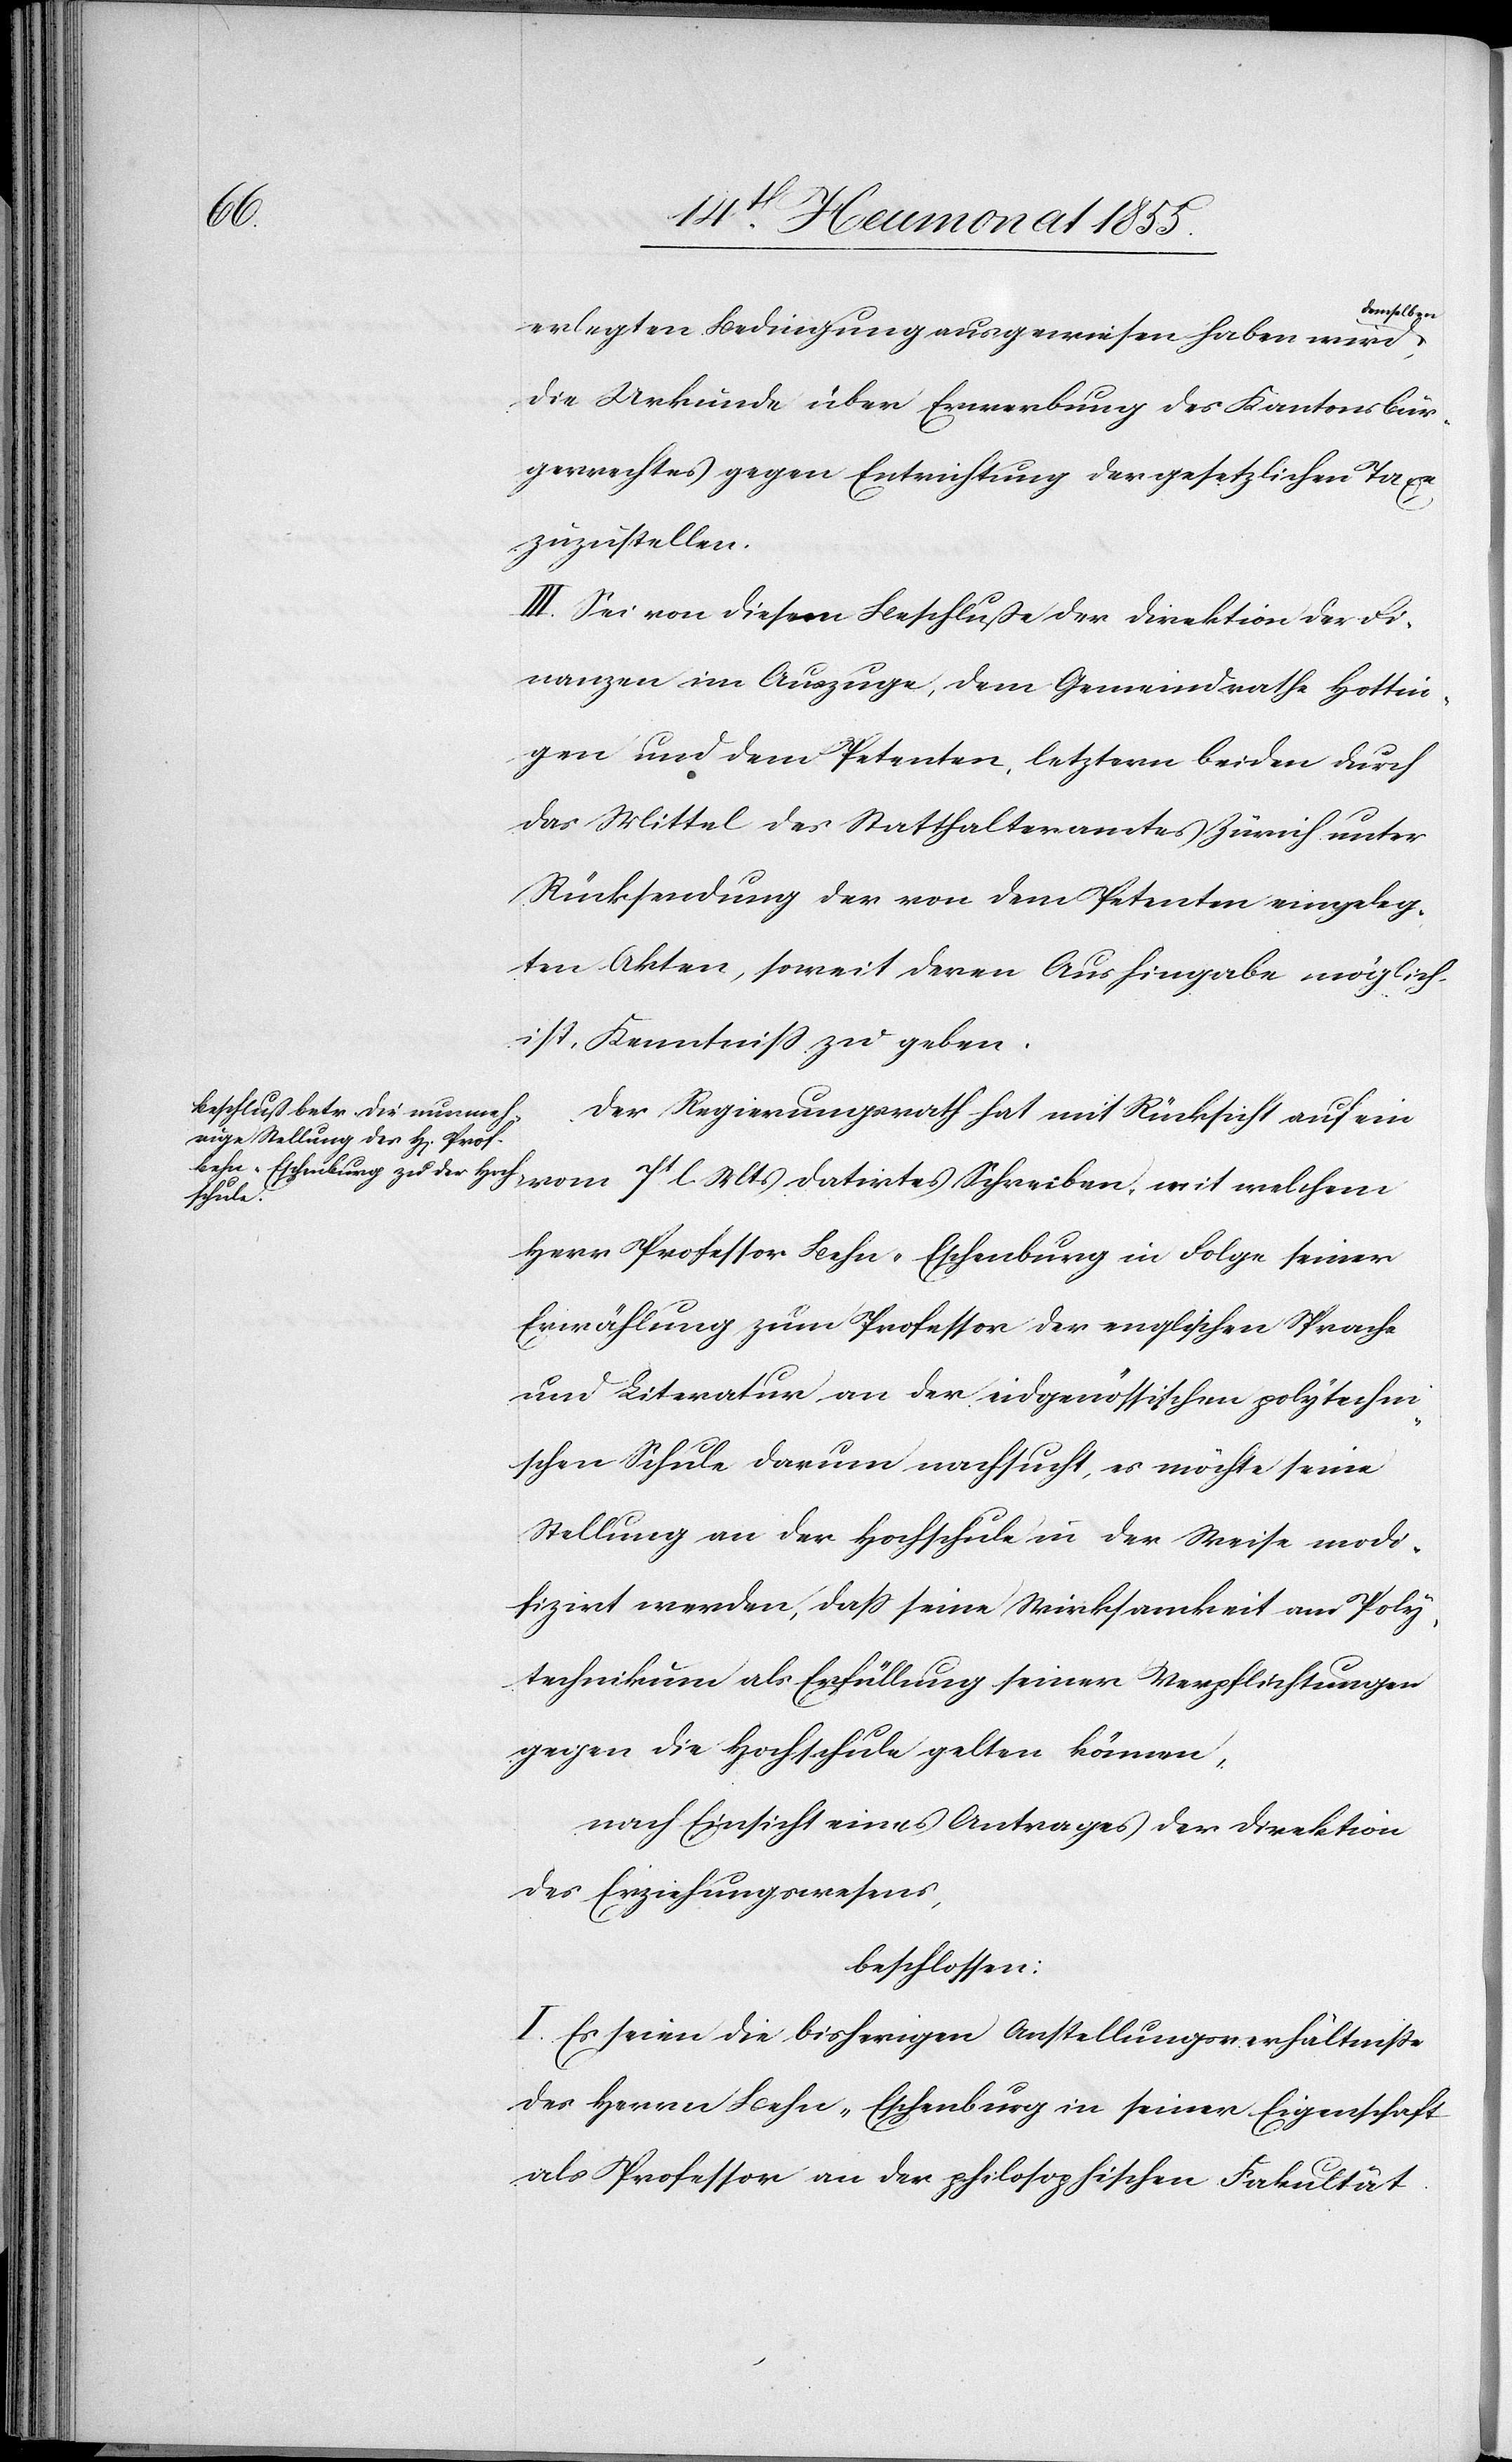
Mts

datirtes
erlegten Bedingung ausgewiesen haben wird,
die Urkunde über Erwerbung des Kantonsbür¬
gerrechtes gegen Entrichtung der gesetzlichen Taxe
zuzustellen.
III. Sei von diesem Beschluße der Direktion der Fi¬
nanzen im Auszuge, dem Gemeindrathe Hottin¬
gen und dem Petenten, letztern beiden durch
das Mittel des Statthalteramtes Zürich unter
Rücksendung der von dem Petenten eingeleg¬
ten Akten, soweit deren Aushingabe möglich
ist, Kenntniss zu geben.
Der Regierungsrath hat mit Rücksicht auf ein
Schreiben,
Herr Professor Behn-Eschenburg in Folge seiner
Erwählung zum Professor der englischen Sprache
und Literatur an der eidgenössischen polytechni¬
schen Schule darum nachsucht, es möchte seine
Stellung an der Hochschule in der Weise modi¬
fizirt werden, dass seine Wirksamkeit am Poly¬
technikum als Erfüllung seiner Verpflichtungen
gegen die Hochschule gelten können,
nach Einsicht eines Antrages der Direktion
des Erziehungswesens,
beschlossen:
I. Es seien die bisherigen Anstellungsverhältnisse
des Herrn Behn-Eschenburg in seiner Eigenschaft
als Professor an der philosophischen Fakultät